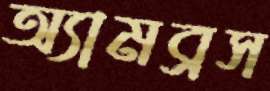
অ্যামব্রস